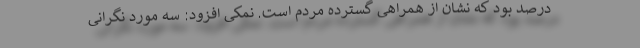
درصد بود که نشان از همراهی گسترده مردم است. نمکی افزود: سه مورد نگرانی